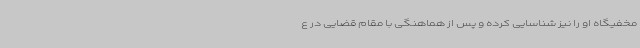
مخفیگاه او را نیز شناسایی کرده و پس از هماهنگی با مقام قضایی در ع